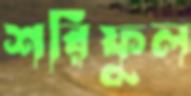
শরিফুল